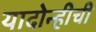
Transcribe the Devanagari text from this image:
यादोन्हीची